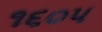
૧૬૦૫